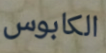
الكابوس